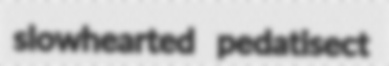
slowhearted pedatisect